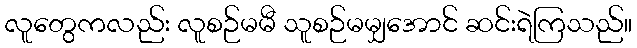
လူတွေကလည်း လူစဉ်မမီ သူစဉ်မမျှအောင် ဆင်းရဲကြသည်။